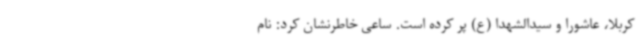
کربلا، عاشورا و سیدالشهدا (ع) پر کرده‌ است. ساعی خاطرنشان کرد: نام